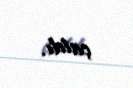
çatdı.